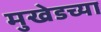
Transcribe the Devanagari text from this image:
मुखेडच्या